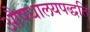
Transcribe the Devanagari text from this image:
औषधालयपद्धति